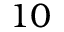
1 0